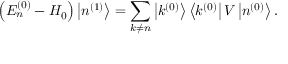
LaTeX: \left( E _ { n } ^ { ( 0 ) } - H _ { 0 } \right) \left| n ^ { ( 1 ) } \right\rangle = \sum _ { k \neq n } \left| k ^ { ( 0 ) } \right\rangle \left\langle k ^ { ( 0 ) } \right| V \left| n ^ { ( 0 ) } \right\rangle .